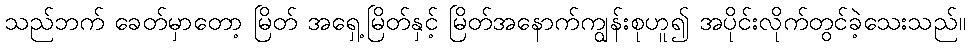
သည်ဘက် ခေတ်မှာတော့ မြိတ် အရှေ့မြိတ်နှင့် မြိတ်အနောက်ကျွန်းစုဟူ၍ အပိုင်းလိုက်တွင်ခဲ့သေးသည်။